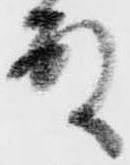
殿